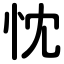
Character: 忱